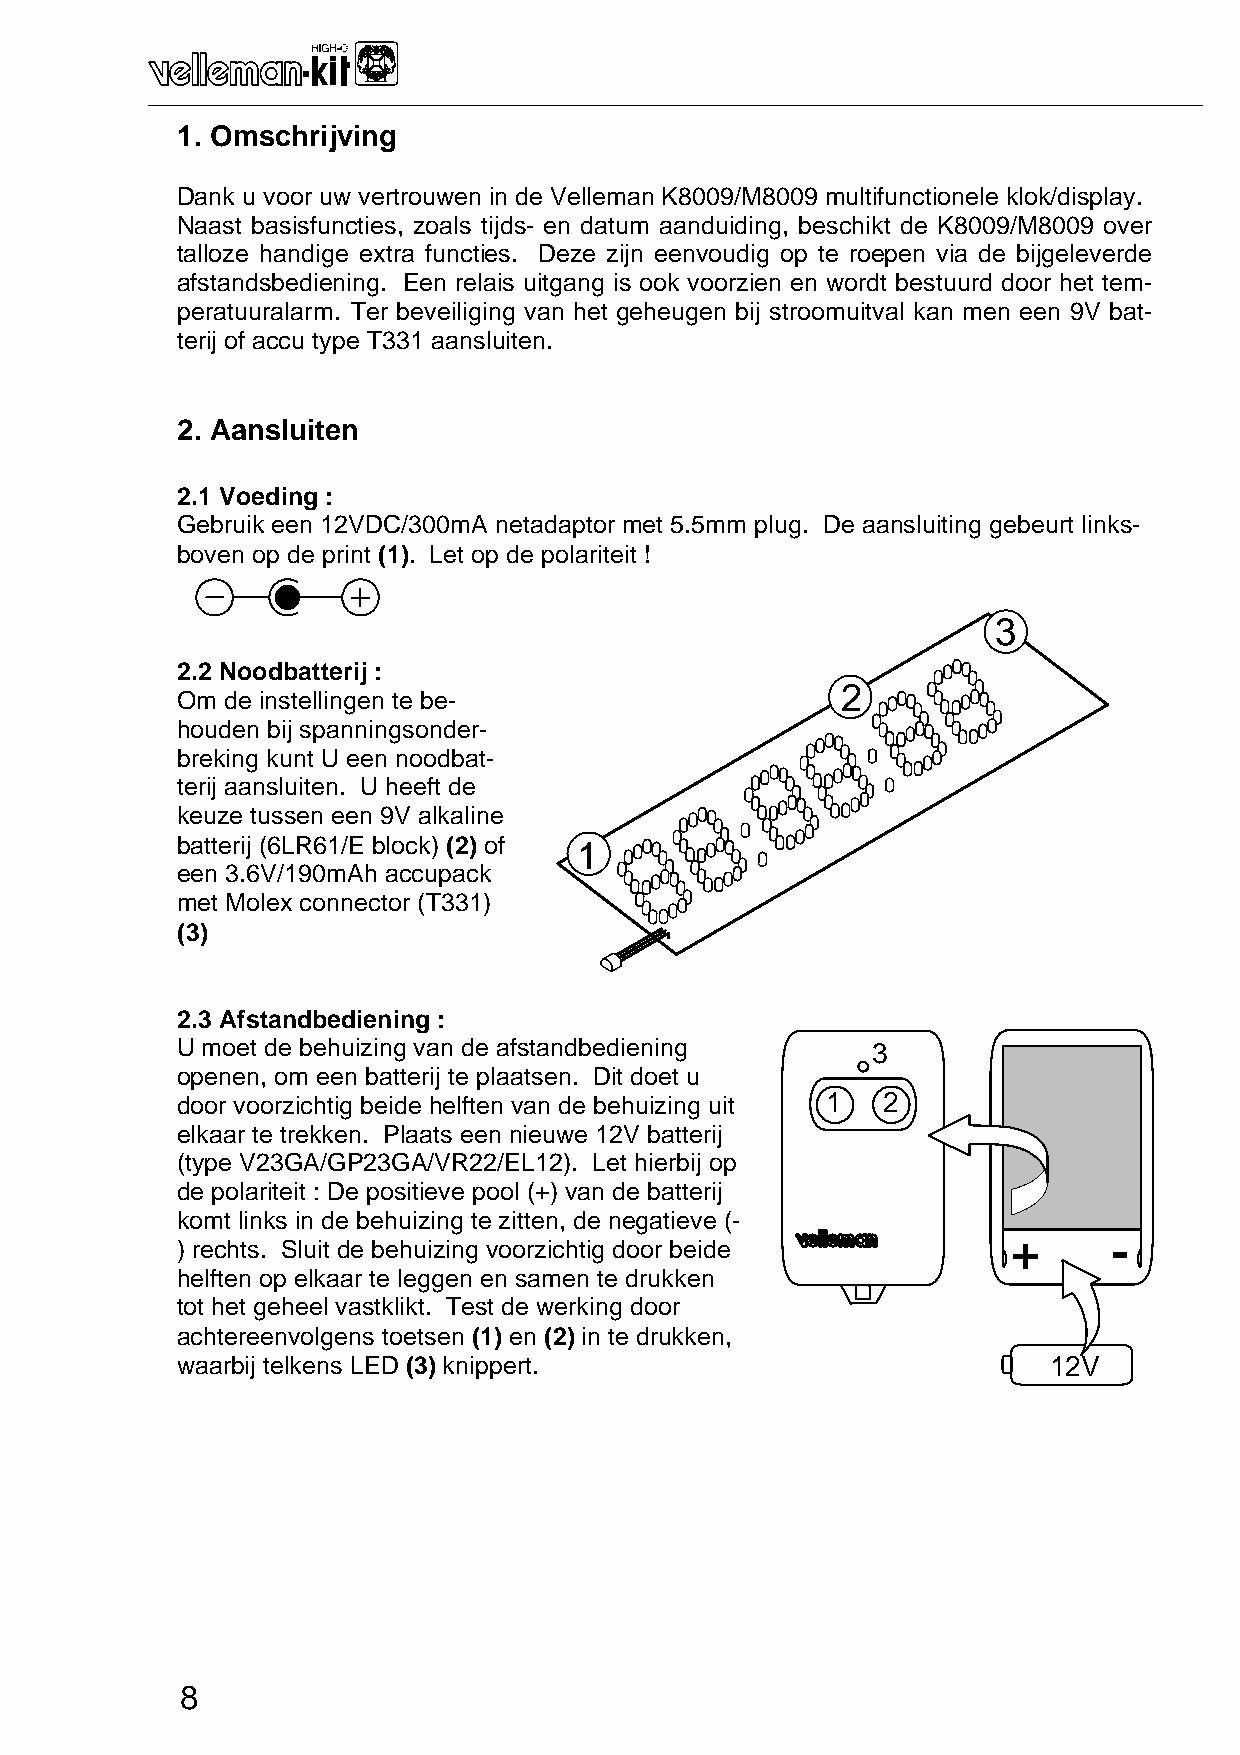
_______________________________________________________________________________________________________________________________________________________
 1. Omschrijving
 Dank u voor uw vertrouwen in de Velleman K8009/M8009 multifunctionele klok/display.
 Naast basisfuncties, zoals tijds- en datum aanduiding, beschikt de K8009/M8009 over
 talloze handige extra functies. Deze zijn eenvoudig op te roepen via de bijgeleverde
 afstandsbediening. Een relais uitgang is ook voorzien en wordt bestuurd door het tem-
 peratuuralarm. Ter beveiliging van het geheugen bij stroomuitval kan men een 9V bat-
 terij of accu type T331 aansluiten.
 2. Aansluiten
 2.1 Voeding :
 Gebruik een 12VDC/300mA netadaptor met 5.5mm plug. De aansluiting gebeurt links-
 boven op de print (1). Let op de polariteit !
 3
 2.2 Noodbatterij :
 2
 Om de instellingen te be-
 houden bij spanningsonder-
 breking kunt U een noodbat-
 terij aansluiten. U heeft de
 keuze tussen een 9V alkaline
 batterij (6LR61/E block) (2) of 1
 een 3.6V/190mAh accupack
 met Molex connector (T331)
 (3)
 2.3 Afstandbediening :
 U moet de behuizing van de afstandbediening   3
 openen, om een batterij te plaatsen. Dit doet u
 door voorzichtig beide helften van de behuizing uit 1 2
 elkaar te trekken. Plaats een nieuwe 12V batterij
 (type V23GA/GP23GA/VR22/EL12). Let hierbij op
 de polariteit : De positieve pool (+) van de batterij
 komt links in de behuizing te zitten, de negatieve (-
 +      -
 ) rechts. Sluit de behuizing voorzichtig door beide
 helften op elkaar te leggen en samen te drukken
 tot het geheel vastklikt. Test de werking door
 achtereenvolgens toetsen (1) en (2) in te drukken,
 waarbij telkens LED (3) knippert.                        12V
 8